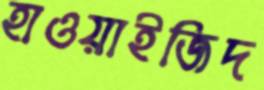
হাওয়াইজিদ